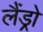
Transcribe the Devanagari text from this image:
लैंड्रो